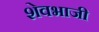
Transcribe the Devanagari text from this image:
शेवभाजी